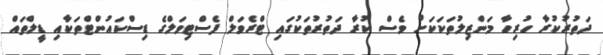
ދަތުރުކުރާ ހުރިހާ މަންޒިލުތަކަކަށް ވެސް ކުރާ ދަތުރުތަކުގައި ޓްރެވަލް ފެސްޓިވަލްގެ ޑިސްކައުންޓްތަކާއި ޑީލްތައް